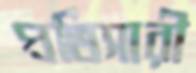
প্রতিসারী